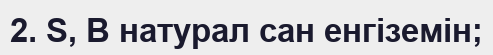
2. S, В натурал сан енгіземін;